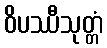
ဝိပဿီသုတ္တံ